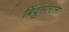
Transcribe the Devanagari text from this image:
बिंदुसाराला